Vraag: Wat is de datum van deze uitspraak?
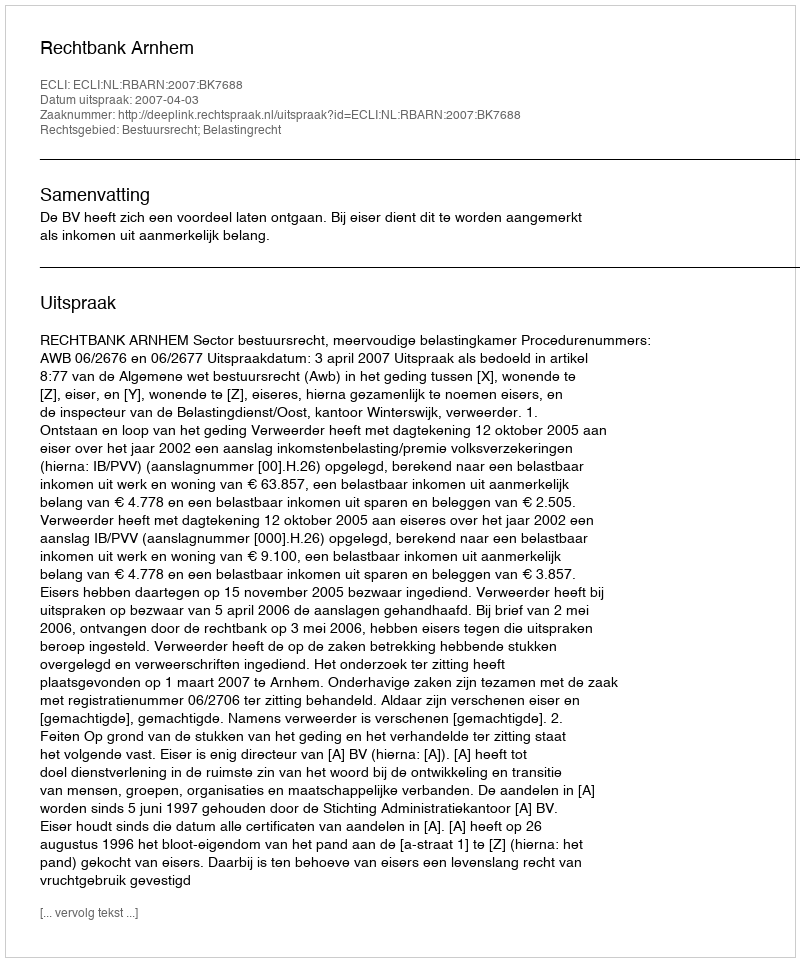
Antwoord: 2007-04-03